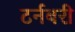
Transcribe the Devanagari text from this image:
टर्नबरी